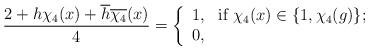
LaTeX: \begin{align*}\frac{2+h\chi_4(x)+\overline{h}\overline{\chi_4}(x)}{4} = \left\{\begin{array}{lll}1, & \hbox{if $\chi_4(x)\in\{1,\chi_4(g)\}$;} \\0, & \hbox{}\end{array}\right.\end{align*}